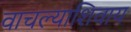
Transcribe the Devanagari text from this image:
वाचल्याशिवाय